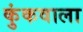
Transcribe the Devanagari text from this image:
कुंकवाला